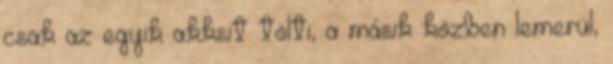
csak az egyik akksit tölti, a másik közben lemerül,